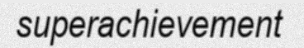
superachievement